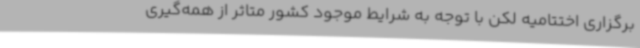
برگزاری اختتامیه لکن با توجه به شرایط موجود کشور متاثر از همه‌گیری